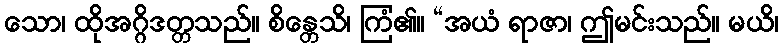
သော၊ ထိုအဂ္ဂိဒတ္တသည်။ စိန္တေသိ၊ ကြံ၏။ “အယံ ရာဇာ၊ ဤမင်းသည်။ မယိ၊